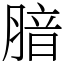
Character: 腤